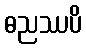
ဓညဿပိ